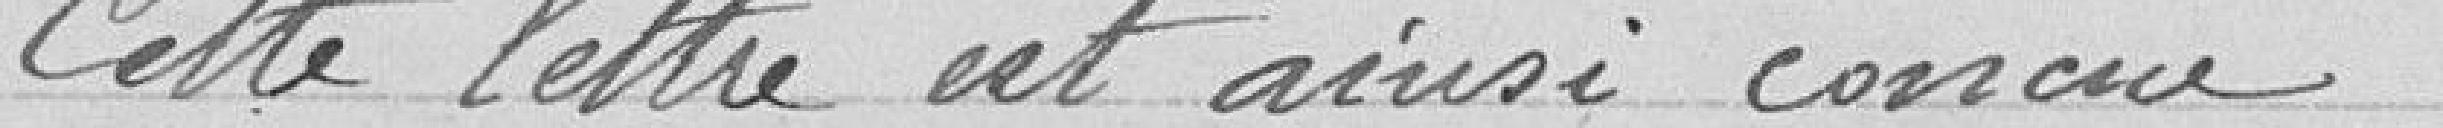
Cette lettre est ainsi conçue :